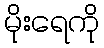
မိုးရေကို